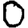
Digit: 0